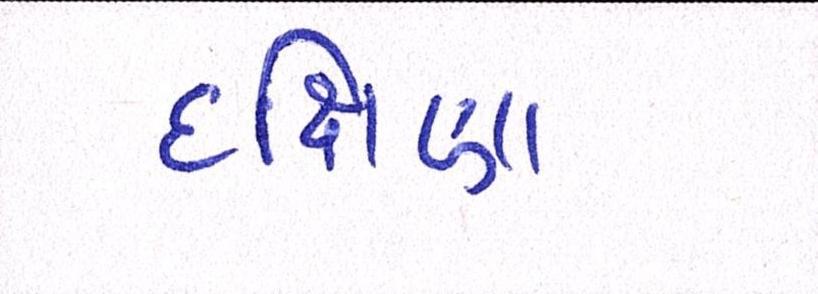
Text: દક્ષિણા